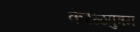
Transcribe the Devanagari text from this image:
केरळपुत्रम